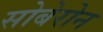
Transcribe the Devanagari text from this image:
सोबेरोन